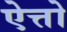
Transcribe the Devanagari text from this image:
ऐत्तो